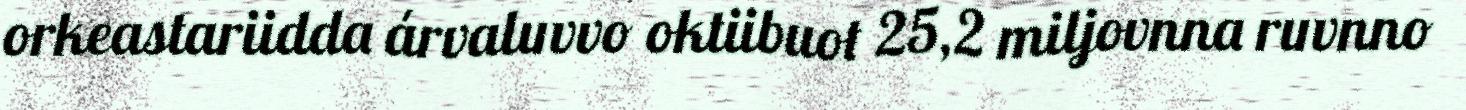
orkeastariidda árvaluvvo oktiibuot 25,2 miljovnna ruvnno